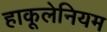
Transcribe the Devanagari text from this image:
हाकूलेनियम